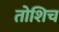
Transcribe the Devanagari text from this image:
तोशिच